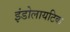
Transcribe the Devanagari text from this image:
इंडोलायटिक